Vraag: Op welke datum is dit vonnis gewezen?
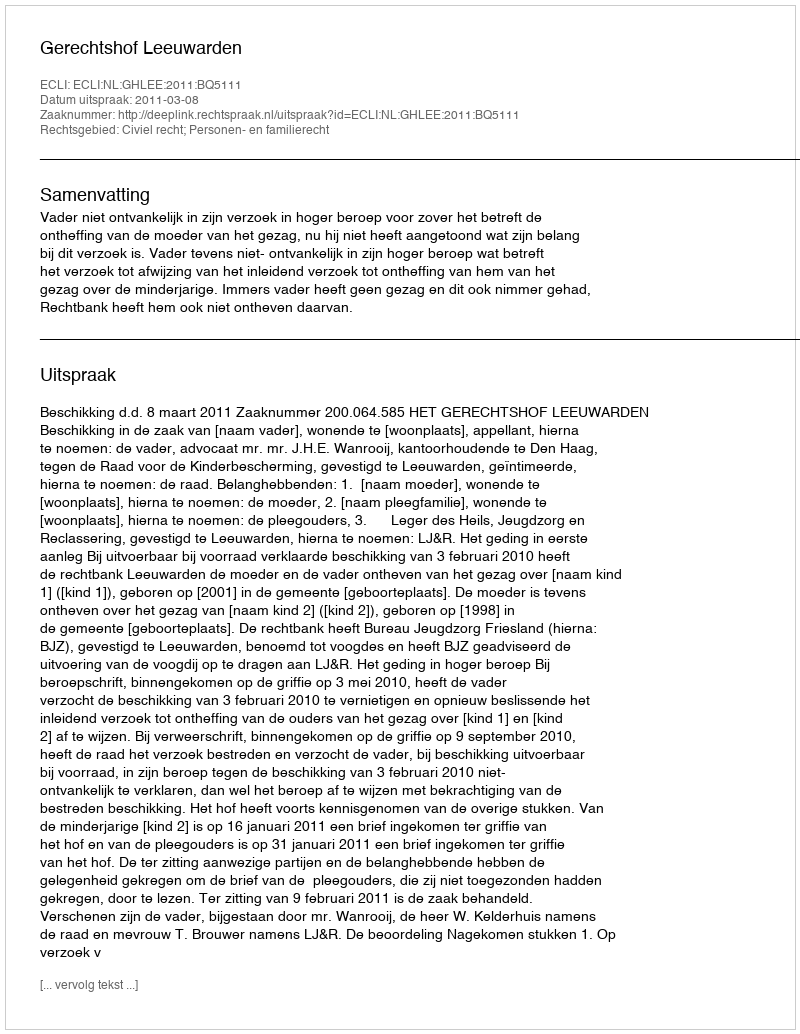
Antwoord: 2011-03-08